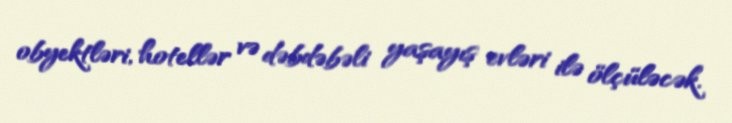
obyektləri, hotellər və dəbdəbəli yaşayış evləri ilə ölçüləcək.